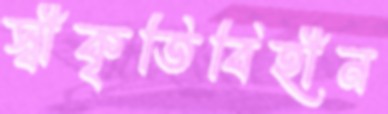
স্বীকৃতিবিহীন